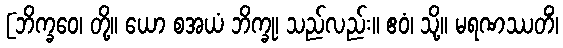
[ဘိက္ခဝေ၊ တို့။ ယော စအယံ ဘိက္ခု၊ သည်လည်း။ ဧဝံ၊ သို့။ မရဏဿတိံ၊